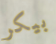
بيكر